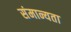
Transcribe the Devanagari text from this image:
संमान्यता